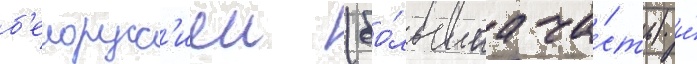
б'елорусс'иеи (бо́льшаа ча́сть) и́